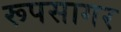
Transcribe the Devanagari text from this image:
रूपसागर